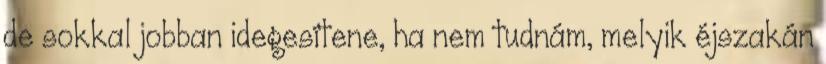
de sokkal jobban idegesítene, ha nem tudnám, melyik éjszakán